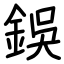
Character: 鋘